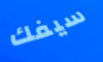
سيفك